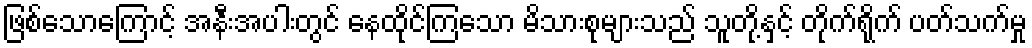
ဖြစ်သောကြောင့် အနီးအပါးတွင် နေထိုင်ကြသော မိသားစုများသည် သူတို့နှင့် တိုက်ရိုက် ပတ်သက်မှု